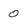
Character: 0